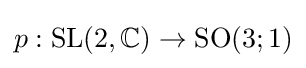
p:{\text{SL}}(2,\mathbb {C} )\to {\text{SO}}(3;1)